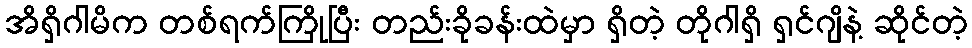
အိရှိဂါမိက တစ်ရက်ကြိုပြီး တည်းခိုခန်းထဲမှာ ရှိတဲ့ တိုဂါရှိ ရှင်ဂျိနဲ့ ဆိုင်တဲ့